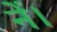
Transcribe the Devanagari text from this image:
नें।